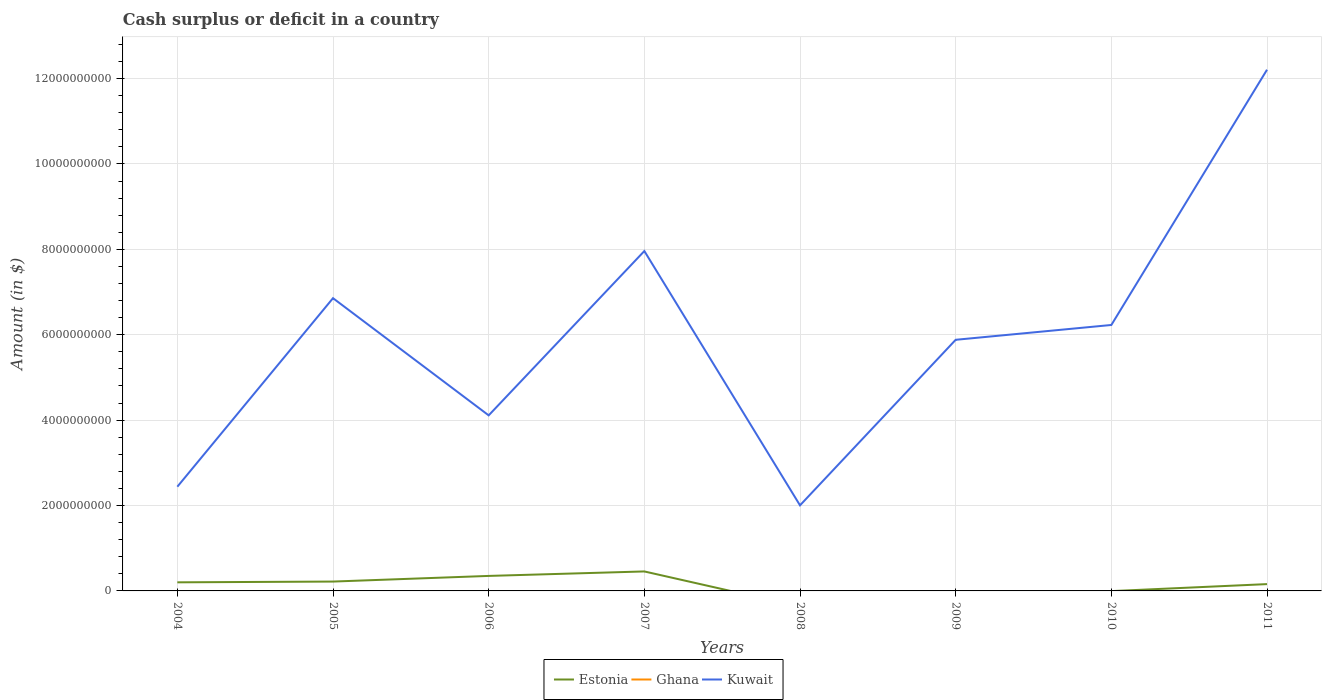
| Years | Estonia | Ghana | Kuwait |
 | --- | --- | --- | --- |
 | 2004 | 2.01e+08 | -1.09e+08 | 2.44e+09 |
 | 2005 | 2.19e+08 | -1.37e+08 | 6.86e+09 |
 | 2006 | 3.52e+08 | -7.87e+08 | 4.11e+09 |
 | 2007 | 4.56e+08 | -1.09e+09 | 7.96e+09 |
 | 2008 | -3.69e+08 | -1.77e+09 | 2e+09 |
 | 2009 | -2.06e+08 | -2.07e+09 | 5.88e+09 |
 | 2010 | -4.4e+06 | -3.31e+09 | 6.23e+09 |
 | 2011 | 1.6e+08 | -2.34e+09 | 1.22e+10 |